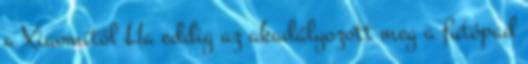
a Xiaomitól Ha eddig az akadályozott meg a futópad